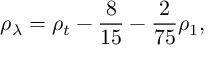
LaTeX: \rho _ { \lambda } = \rho _ { t } - \frac { 8 } { 1 5 } - \frac { 2 } { 7 5 } \rho _ { 1 } ,